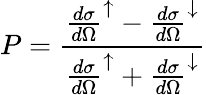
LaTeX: P=\frac{{\frac{d\sigma}{d\Omega}}^{\uparrow}-{\frac{d\sigma}{d\Omega}}^{\downarrow}}{{\frac{d\sigma}{d\Omega}}^{\uparrow}+{\frac{d\sigma}{d\Omega}}^{\downarrow}}